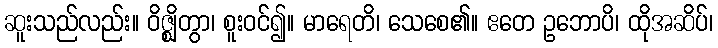
ဆူးသည်လည်း။ ဝိဇ္ဈိတွာ၊ စူးဝင်၍။ မာရေတိ၊ သေစေ၏။ ဧတေ ဥဘောပိ၊ ထိုအဆိပ်၊